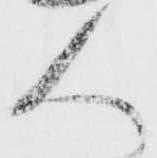
人